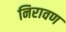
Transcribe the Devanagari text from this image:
निरावण